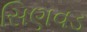
સિણવડ